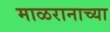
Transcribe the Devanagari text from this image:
माळरानाच्या